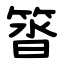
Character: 䈋